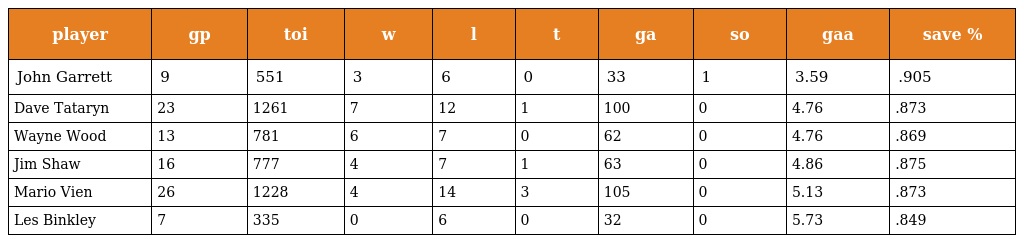
| player | gp | toi | w | l | t | ga | so | gaa | save % |
 | --- | --- | --- | --- | --- | --- | --- | --- | --- | --- |
 | John Garrett | 9 | 551 | 3 | 6 | 0 | 33 | 1 | 3.59 | .905 |
 | Dave Tataryn | 23 | 1261 | 7 | 12 | 1 | 100 | 0 | 4.76 | .873 |
 | Wayne Wood | 13 | 781 | 6 | 7 | 0 | 62 | 0 | 4.76 | .869 |
 | Jim Shaw | 16 | 777 | 4 | 7 | 1 | 63 | 0 | 4.86 | .875 |
 | Mario Vien | 26 | 1228 | 4 | 14 | 3 | 105 | 0 | 5.13 | .873 |
 | Les Binkley | 7 | 335 | 0 | 6 | 0 | 32 | 0 | 5.73 | .849 |